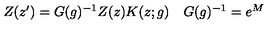
\begin{array} { c c } { Z ( z ^ { \prime } ) = G ( g ) ^ { - 1 } Z ( z ) K ( z ; g ) } & { G ( g ) ^ { - 1 } = e ^ { M } } \\ \end{array}